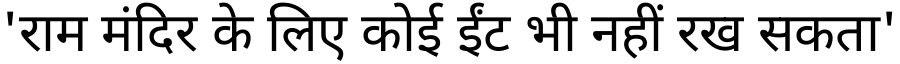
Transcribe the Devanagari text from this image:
'राम मंदिर के लिए कोई ईंट भी नहीं रख सकता'